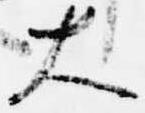
大